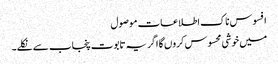
افسوس ناک اطلاعات موصول
میں خوشی محسوس کروں گا اگر یہ تابوت پنجاب سے نکلے۔